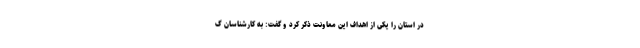
در استان را یکی از اهداف این معاونت ذکر کرد و گفت: به کارشناسان گ